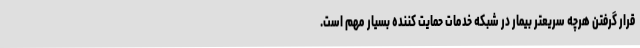
قرار گرفتن هرچه سریعتر بیمار در شبکه خدمات حمایت کننده بسیار مهم است.